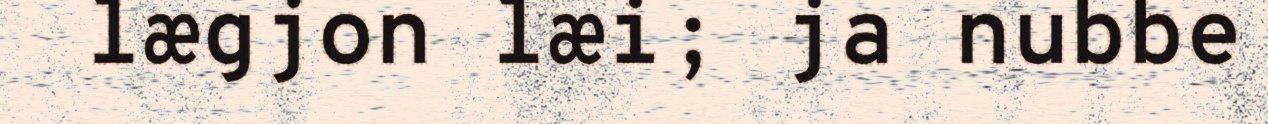
lægjon læi; ja nubbe